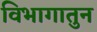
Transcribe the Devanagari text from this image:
विभागातुन